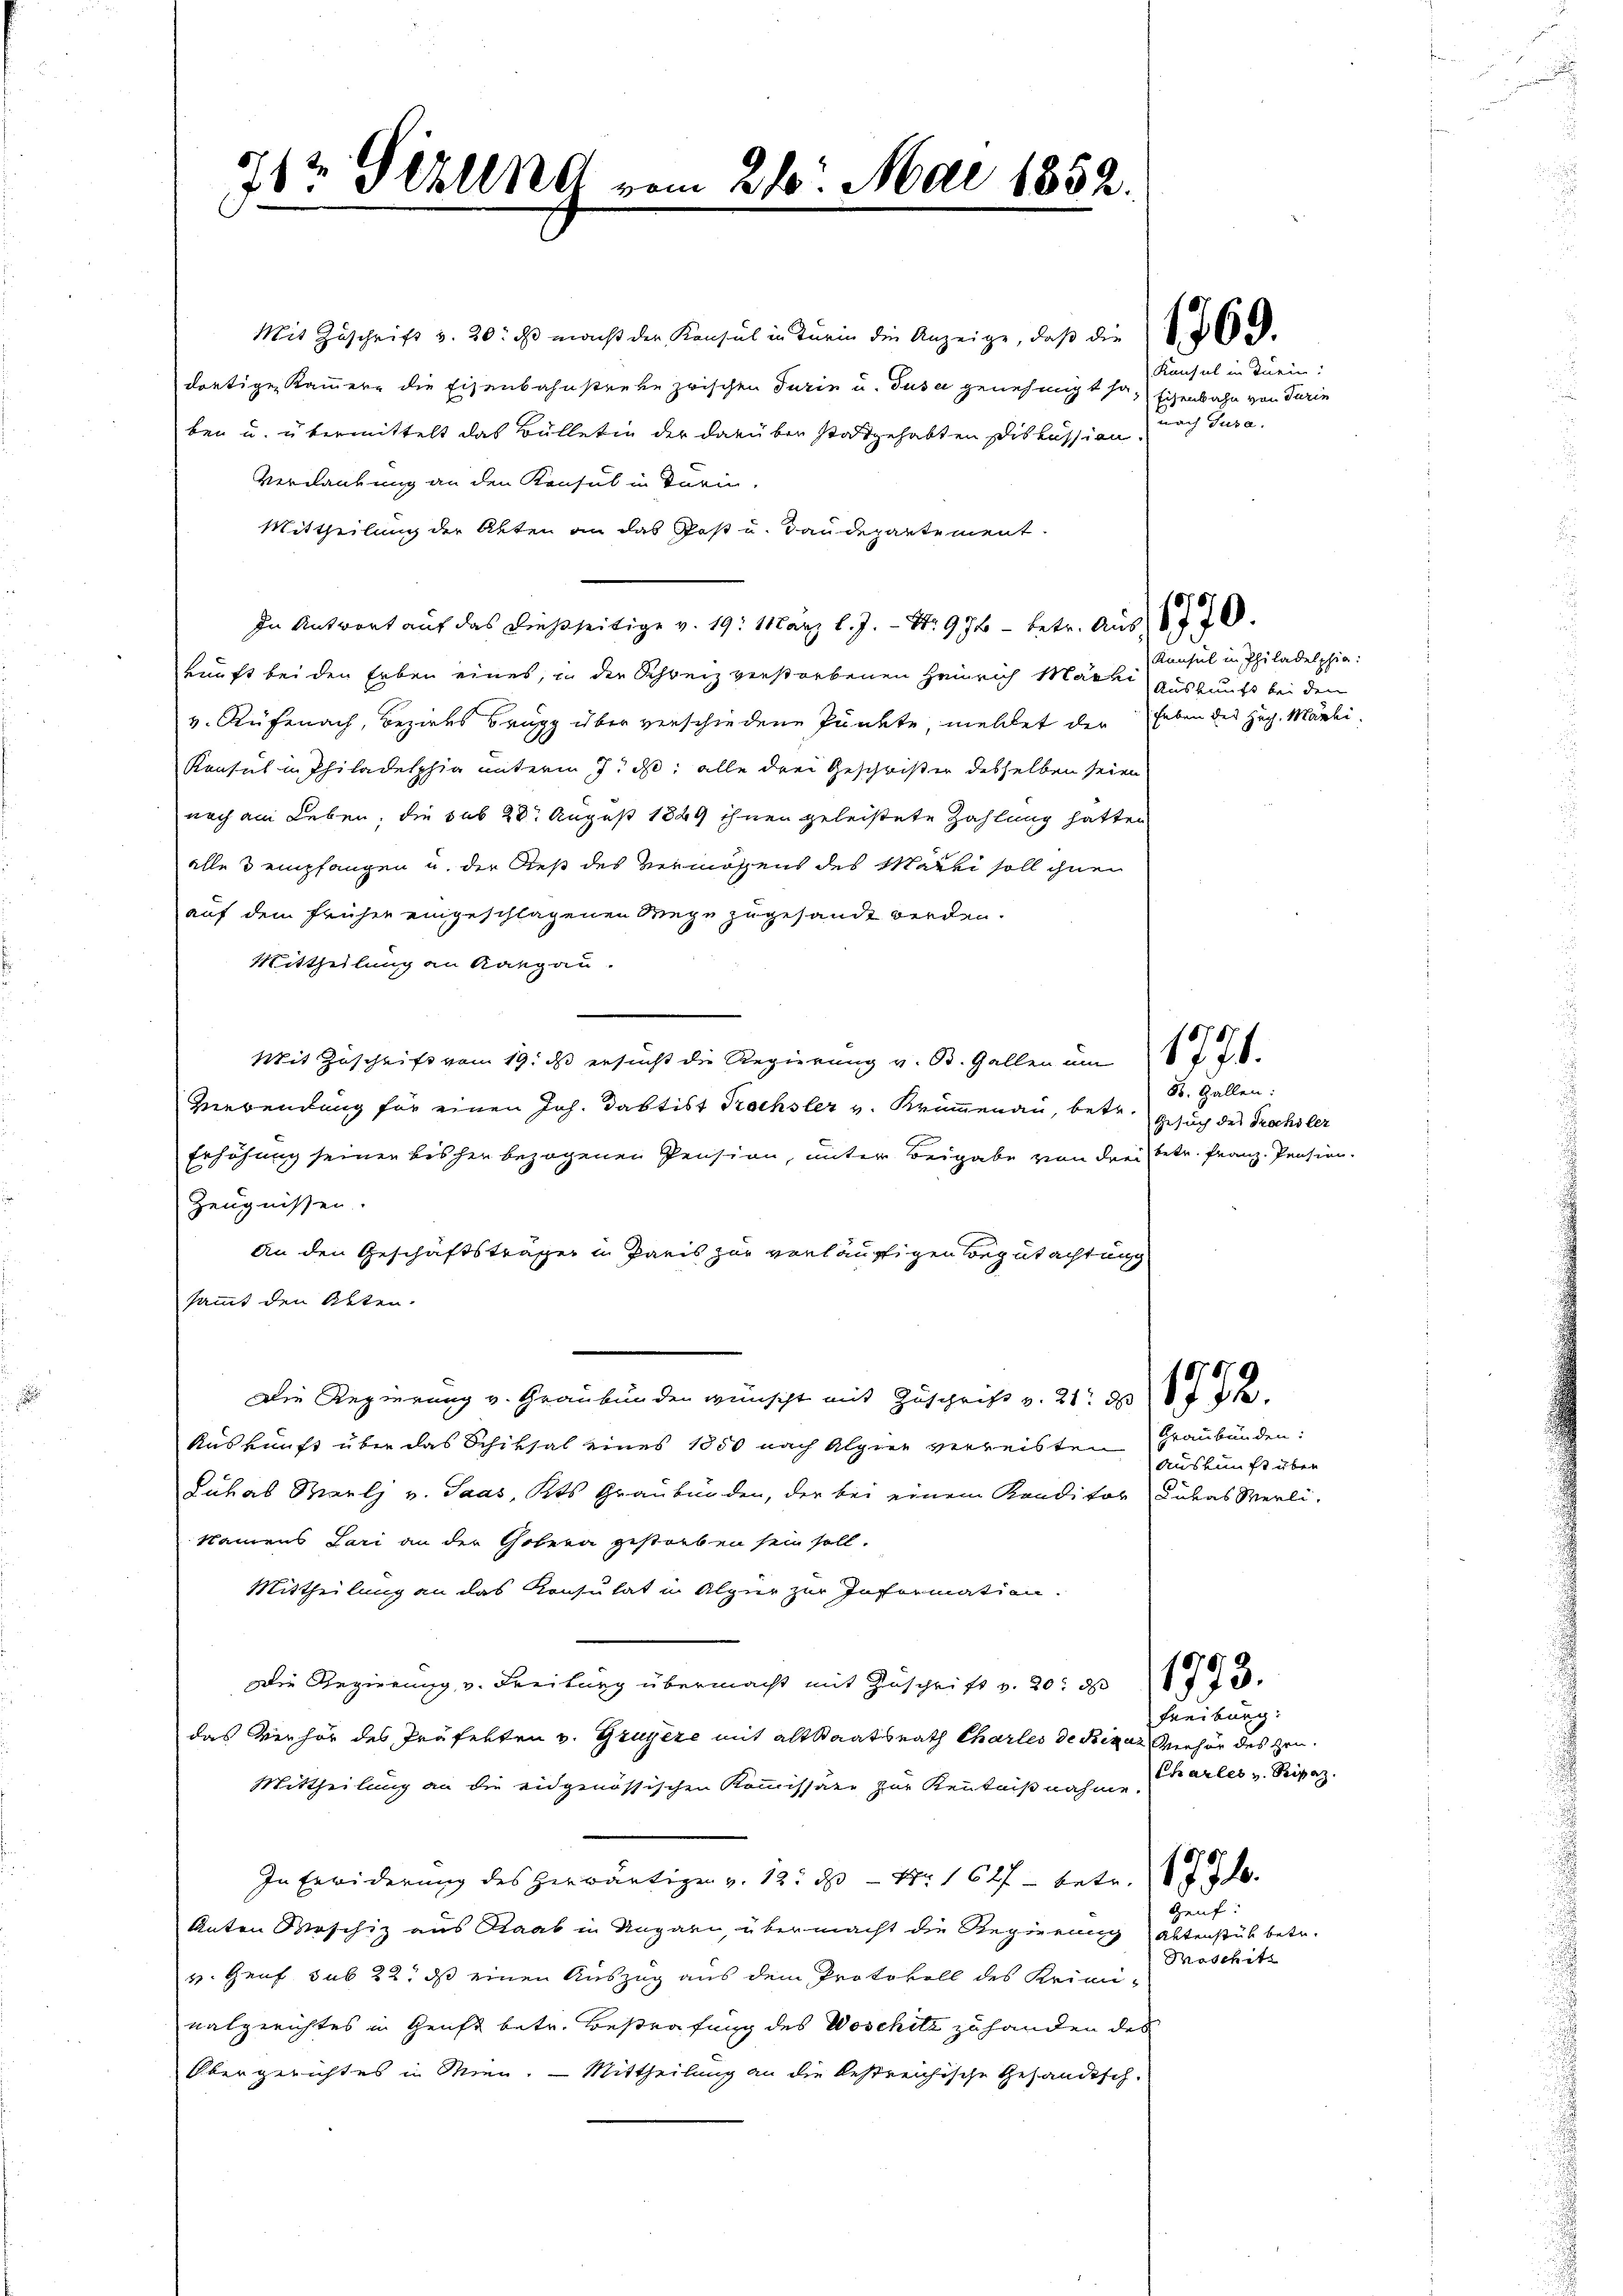
712 Perung vom 26. Mai 1852.

Mit Zuschrift v. 20. ds. macht der Konsul in Turin die Anzeige, daβ die N. 362.
dortigen Kammern die Eisenbahnstrebe zwischen Turin u. Guse genehmigt so. Eisenbahn von Turin
ben u. übermittelt das Bülletin der darüber stattgehabten Diskussion,
Verdankung an den Konsul in Darin,
Mittheilung der Akten an das Post u. Baudepartement.
In Antwort auf das dießseitige v. 19. März l. J. S. 976 - betr. Aus 170.
kunft bei den Erben eines, in der Schweiz verstorbenen Heinrich Mache Auskunft bei den
v. Rüfenach, Bezirks Brugg über verschiedene Punkte, meldet der haben des Hoch. Marki
Konsul in Philadelphia unterm 7. d. alle drei Geschwister desselben seien
noch am Leben, die sub 28. August 1849 ihnen geleistete Zahlung hatten
alle 3 empfangen u. der dieß des Vermössens des Marti soll ihnen
auf dem früher eingeschlagenen Wege zugesandt werden.
Mittheilung an Rangau.
Mit Zuschrift vom 19. ds ersŭcht die Regierŭng v. B. Gallen ŭm 1778.
Verwendung für einen Joh. Dabtist Trachsler v. Krummenau, betr.
Erhöhung seinen bisher bezogenen Pension, unter Beigabe von drei betr. Franz Pension.
Zeugnissen.
An den Geschäftsträger in Paris zur vorläufigen Begutachtung
sammt den Otten.
Die Regierung v. Graubünden wünscht mit Zuschrift v. 21. ds
Auskunft über das Schiksal eines 1850 nach Alpier verreisten Graubünden:
Juhab Marli v. Saas, Kts. Graubünden, der bei einem Kanditor Lukas Werli-
Namens Lari an der Gobern gestorben sein soll.
Mittheilung an das Konsulat in Alger zur Information.
Die Regierung v. Freiburg übermacht mit Zuschrift v. 20. 317 f.
das Verhör des Präfekten v. Gruyère mit alt Staatsrath Charles de Bizaz Verhör des Hrn.
Mittheilung an die eidgenössischen Kommissäre zur Kenntnißnahme.
In Erwiderung des herwärtigen v. 12. ds Nr 1647 - betr.
Anton Maschiz aus Staab in Ungarn, übermacht die Regierung
v. Genf sub 22. ds einen Auszug aus dem Protokoll des Krimi-
nalgerichtes in Zunft betr. Bestrafung des Woschitz zu handen des
Obergerichtes in Mien. — Mittheilung an die bestreichische Gesandtsch-

Konsul in Dein!
nach Jura.

Konsul in Philadelphia:

B. Gallen:
Gesuch des Prachsler

Auskunft über

59
f 72.

Freiburg.
Charler v. Ripaz.

Geuf:
Aktenstük betr.
Poschitz

r